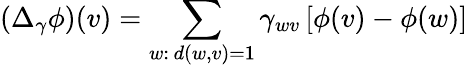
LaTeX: (\Delta_{\gamma}\phi)(v)=\sum_{w:\, d(w,v)=1}\gamma_{wv}\left[\phi(v)-\phi(w)\right]